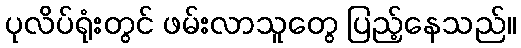
ပုလိပ်ရုံးတွင် ဖမ်းလာသူတွေ ပြည့်နေသည်။